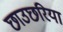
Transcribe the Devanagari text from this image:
छाउछरिया